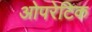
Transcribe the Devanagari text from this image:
ओपरेटिक